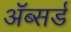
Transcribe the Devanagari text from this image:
ॲब्सर्ड